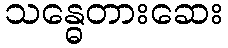
သန္ဓေတားဆေး